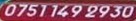
0751 149 2930